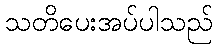
သတိပေးအပ်ပါသည်